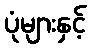
ပုံများနှင့်